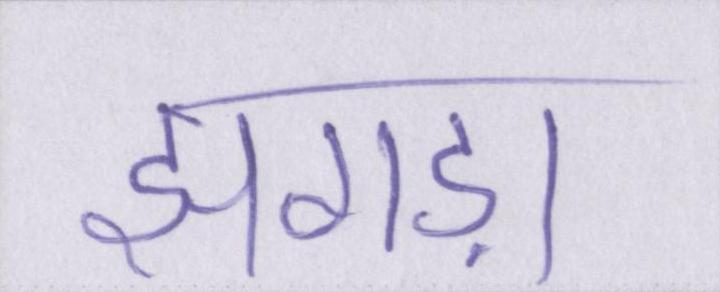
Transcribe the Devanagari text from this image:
झगड़ा